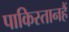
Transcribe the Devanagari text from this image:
पाकिस्तानहैं